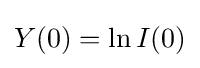
Y(0)=\ln I(0)